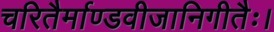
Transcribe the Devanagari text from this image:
चरितैर्माण्डवीजानिगीतैः।